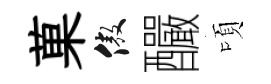
菓傲釅頃